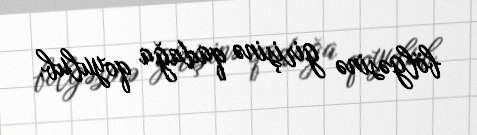
bölgəsinə girişinə qadağa qoyulub.